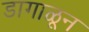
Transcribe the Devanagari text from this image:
डागाळून